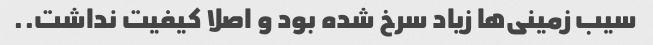
سیب زمینی‌ها زیاد سرخ شده بود و اصلا کیفیت نداشت..